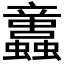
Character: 𧕢